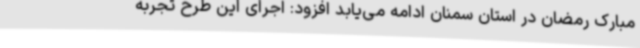
مبارک رمضان در استان سمنان ادامه می‌یابد افزود: اجرای این طرح تجربه